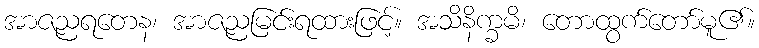
အာဇညရတေန၊ အာဇညမြင်းရထားဖြင့်။ အသိနိက္ခမိ၊ တောထွက်တော်မူ၏။